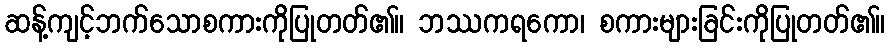
ဆန့်ကျင့်ဘက်သောစကားကိုပြုတတ်၏။ ဘဿကရကော၊ စကားများခြင်းကိုပြုတတ်၏။